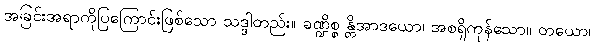
အခြင်းအရာကိုပြကြောင်းဖြစ်သော သဒ္ဒါတည်း။ ခဏ္ဍိစ္စ န္တိအာဒယော၊ အစရှိကုန်သော။ တယော၊